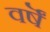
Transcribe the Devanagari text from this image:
वर्षॆं